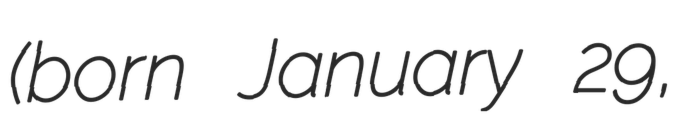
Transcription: (born January 29,